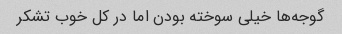
گوجه‌ها خیلی سوخته بودن اما در کل خوب تشکر